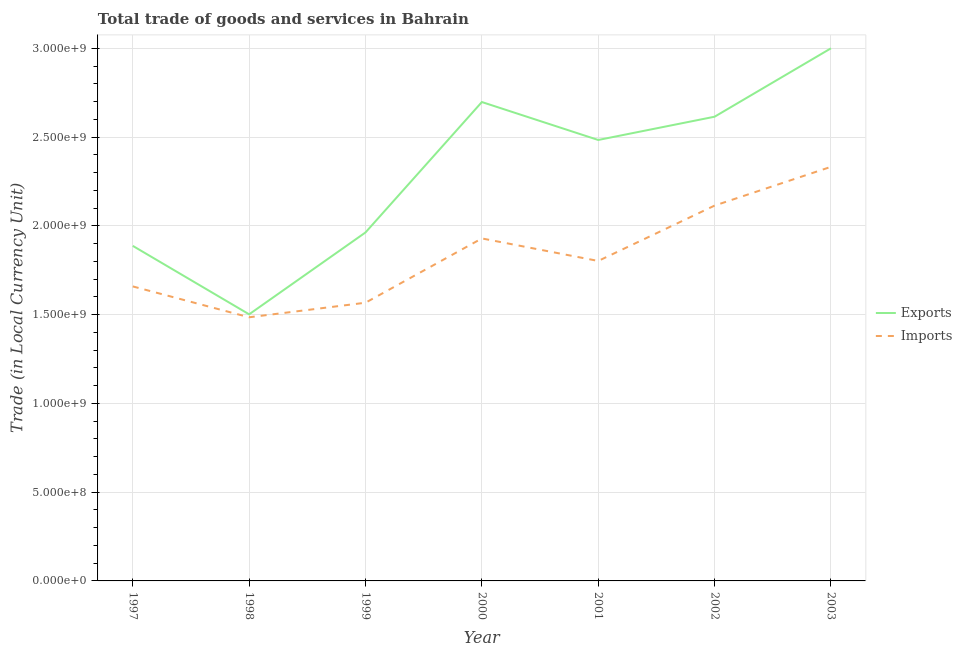
| Year | Exports | Imports |
 | --- | --- | --- |
 | 1997 | 1.89e+09 | 1.66e+09 |
 | 1998 | 1.5e+09 | 1.49e+09 |
 | 1999 | 1.96e+09 | 1.57e+09 |
 | 2000 | 2.7e+09 | 1.93e+09 |
 | 2001 | 2.48e+09 | 1.8e+09 |
 | 2002 | 2.62e+09 | 2.11e+09 |
 | 2003 | 3e+09 | 2.33e+09 |